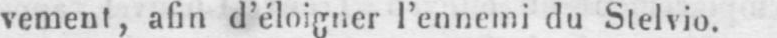
vement, afin d’éloigner l’ennemi du Stelvio.